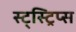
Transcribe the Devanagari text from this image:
स्ट्स्ट्रिप्स